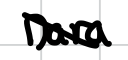
Text: Dara
Cross-out: diagonal
Writing tool: digital_black